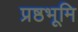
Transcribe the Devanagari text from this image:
प्रष्ठभूमि